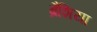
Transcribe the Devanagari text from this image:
ब्रैशिया